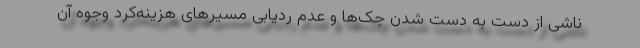
ناشی از دست به دست شدن چک‌ها و عدم ردیابی مسیرهای هزینه‌کرد وجوه آن